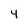
Character: 4